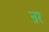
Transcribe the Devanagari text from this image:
न्रर